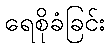
ရေစိုခံခြင်း